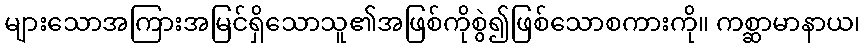
များသောအကြားအမြင်ရှိသောသူ၏အဖြစ်ကိုစွဲ၍ဖြစ်သောစကားကို။ ကစ္ဆာမာနာယ၊